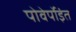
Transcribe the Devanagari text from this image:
पोवेर्पोइंत